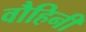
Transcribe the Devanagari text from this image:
वौहिनी